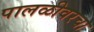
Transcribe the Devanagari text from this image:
पालळीवरचा